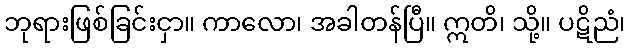
ဘုရားဖြစ်ခြင်းငှာ။ ကာလော၊ အခါတန်ပြီ။ ဣတိ၊ သို့။ ပဋိညံ၊